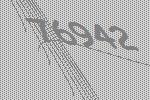
76942